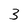
Character: 3